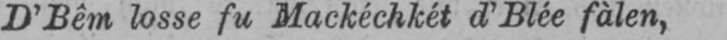
D’Bêm losse fu Mackéchkét d’Blée fàlen,